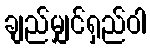
ချည်မျှင်ရှည်ဝါ